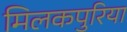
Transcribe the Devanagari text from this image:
मिलकपुरिया